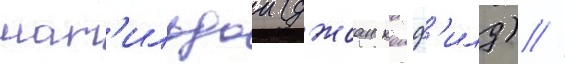
мат'ильдои (джоан колф'илд) //